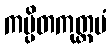
ကပ္ပိတကုတ္တမံ